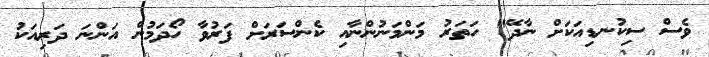
ވެސް ސިކުނޑިއަކަށް ނާދޭ" ހަތަރު މަންމަނުންނާއި ކެންސަރަށް ފަރުވާ ހޯދަމުން އަންނަ ދަރިއަކު